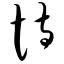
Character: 恃